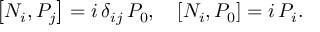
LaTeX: \left[ N _ { i } , { \cal P } _ { j } \right] = i \, \delta _ { i j } \, { \cal P } _ { 0 } , \quad \left[ N _ { i } , { \cal P } _ { 0 } \right] = i \, { \cal P } _ { i } .